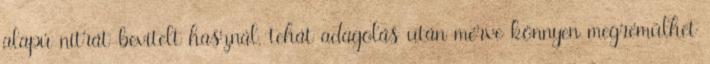
alapú nitrát-bevitelt használ, tehát adagolás után mérve könnyen megrémülhet